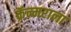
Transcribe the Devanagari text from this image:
क्रॅन्मराला